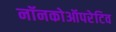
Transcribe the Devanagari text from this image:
नॉनकोऑपरेटिव